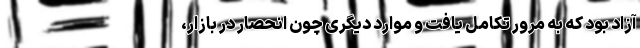
آزاد بود که به مرور تکامل یافت و موارد دیگری چون انحصار در بازار،